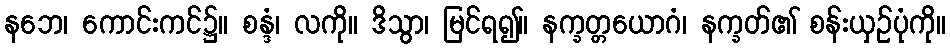
နဘေ၊ ကောင်းကင်၌။ စန္ဒံ၊ လကို။ ဒိသွာ၊ မြင်ရ၍။ နက္ခတ္တယောဂံ၊ နက္ခတ်၏ စန်းယှဉ်ပုံကို။